Vaccine operations Central Provinces 1886-1899 - 1886-1899
Year: 1886
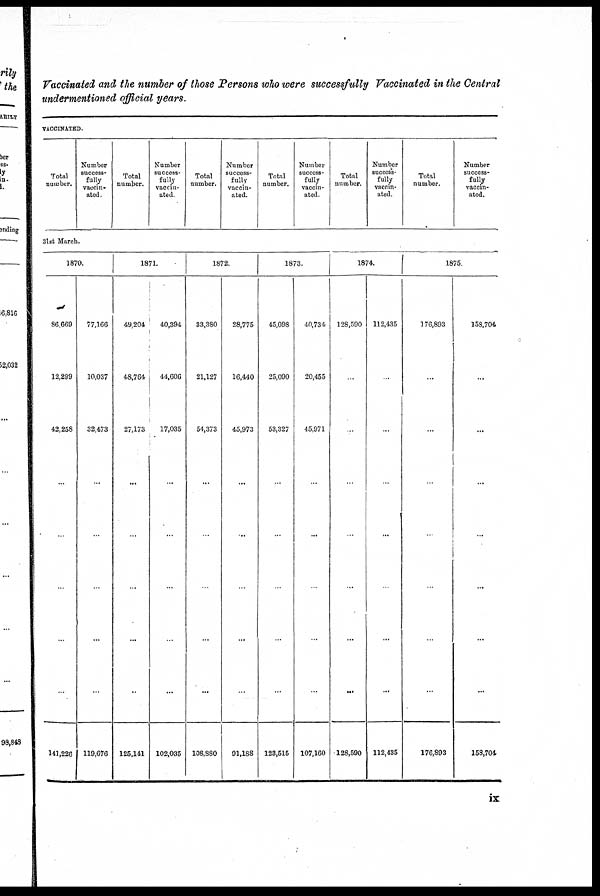
Vaccinated and the number of those Persons who were successfully Vaccinated in the Central
undermentioned official years.
VACCINATED.
Total
number.
Number
success-
fully
vaccin-
ated.
Total
number.
Number
success-
fully
vaccin-
ated.
Total
number.
Number
success-
fully
vaccin-
ated.
Total
number.
Number
success-
fully
vaccin-
ated.
Total
number.
Number
success-
fully
vaccin-
ated.
Total
number.
Number
success-
fully
vaccin-
ated.
31st March.
1870.
86,669
12,299
42,258
...
...
...
...
...
141,226
77,166
10,037
32,473
...
...
...
...
...
119,676
1871.
49,204
48,764
27,173
...
...
...
...
...
125,141
40,394
44,606
17,035
...
...
...
...
...
102,035
1872.
33,380
21,127
54,373
...
...
...
...
...
108,880
28,775
16,440
45,973
...
...
...
...
...
91,188
1873.
45,098
25,090
53,327
...
...
...
...
...
123,515
40,734
20,455
45,971
...
...
...
...
...
107,160
1874.
128,590
...
...
...
...
...
...
...
128,590
112,435
...
...
...
...
...
...
...
112,435
1875.
176,893
...
...
...
...
...
...
...
176,893
158,704
...
...
...
...
...
...
...
158,704
ix